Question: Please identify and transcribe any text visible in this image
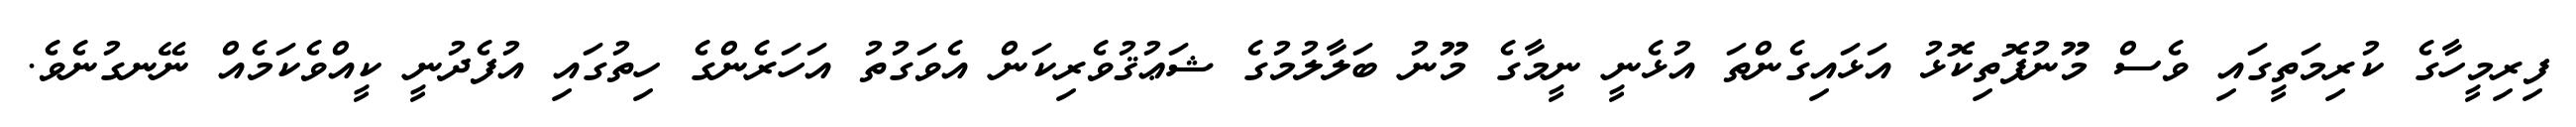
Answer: ފިރިމީހާގެ ކުރިމަތީގައި ވެސް މޫނުފޮތިކޮޅު އަޅައިގެންތަ އުޅެނީ ނީމާގެ މޫނު ބަލާލުމުގެ ޝަޢުޤުވެރިކަން އެވަގުތު އަހަރެންގެ ހިތުގައި އުފެދުނީ ކީއްވެކަމެއް ނޭނގުނެވެ.